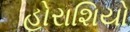
હોરાશિયો